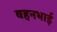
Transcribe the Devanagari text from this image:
बहनभाई